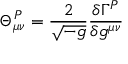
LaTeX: \Theta _ { \mu \nu } ^ { P } = \frac { 2 } { \sqrt { - g } } \frac { \delta \Gamma ^ { P } } { \delta g ^ { \mu \nu } }